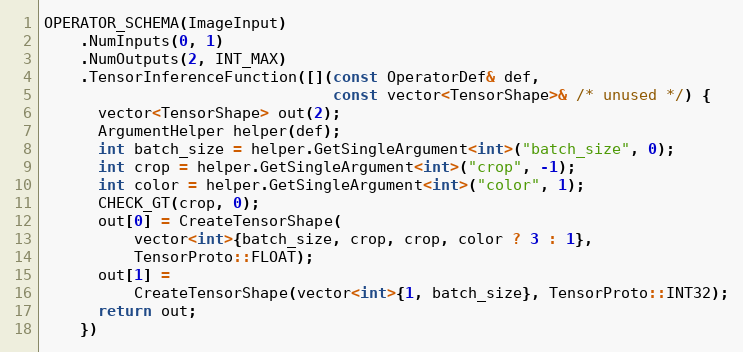
Language: C++
OPERATOR_SCHEMA(ImageInput)
    .NumInputs(0, 1)
    .NumOutputs(2, INT_MAX)
    .TensorInferenceFunction([](const OperatorDef& def,
                                const vector<TensorShape>& /* unused */) {
      vector<TensorShape> out(2);
      ArgumentHelper helper(def);
      int batch_size = helper.GetSingleArgument<int>("batch_size", 0);
      int crop = helper.GetSingleArgument<int>("crop", -1);
      int color = helper.GetSingleArgument<int>("color", 1);
      CHECK_GT(crop, 0);
      out[0] = CreateTensorShape(
          vector<int>{batch_size, crop, crop, color ? 3 : 1},
          TensorProto::FLOAT);
      out[1] =
          CreateTensorShape(vector<int>{1, batch_size}, TensorProto::INT32);
      return out;
    })